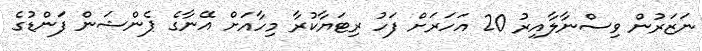
ނަޒަރުން ވިސްނާލާއިރު 20 އަހަރަށް ފަހު ރިޓަޔާކުރާ މިހާއަށް އޭނާގެ ޕެންޝަން ފަންޑުގެ